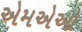
એમએઓ